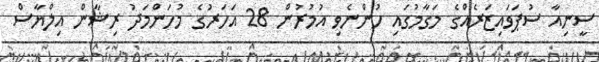
ސީނިއާ ސުޕަވައިޒަރެއްގެ މަގާމުގައި ހުންނެވި އުމުރުން 28 އަހަރުގެ މުހަންމަދު ރިޝާން އިލްޔާސް